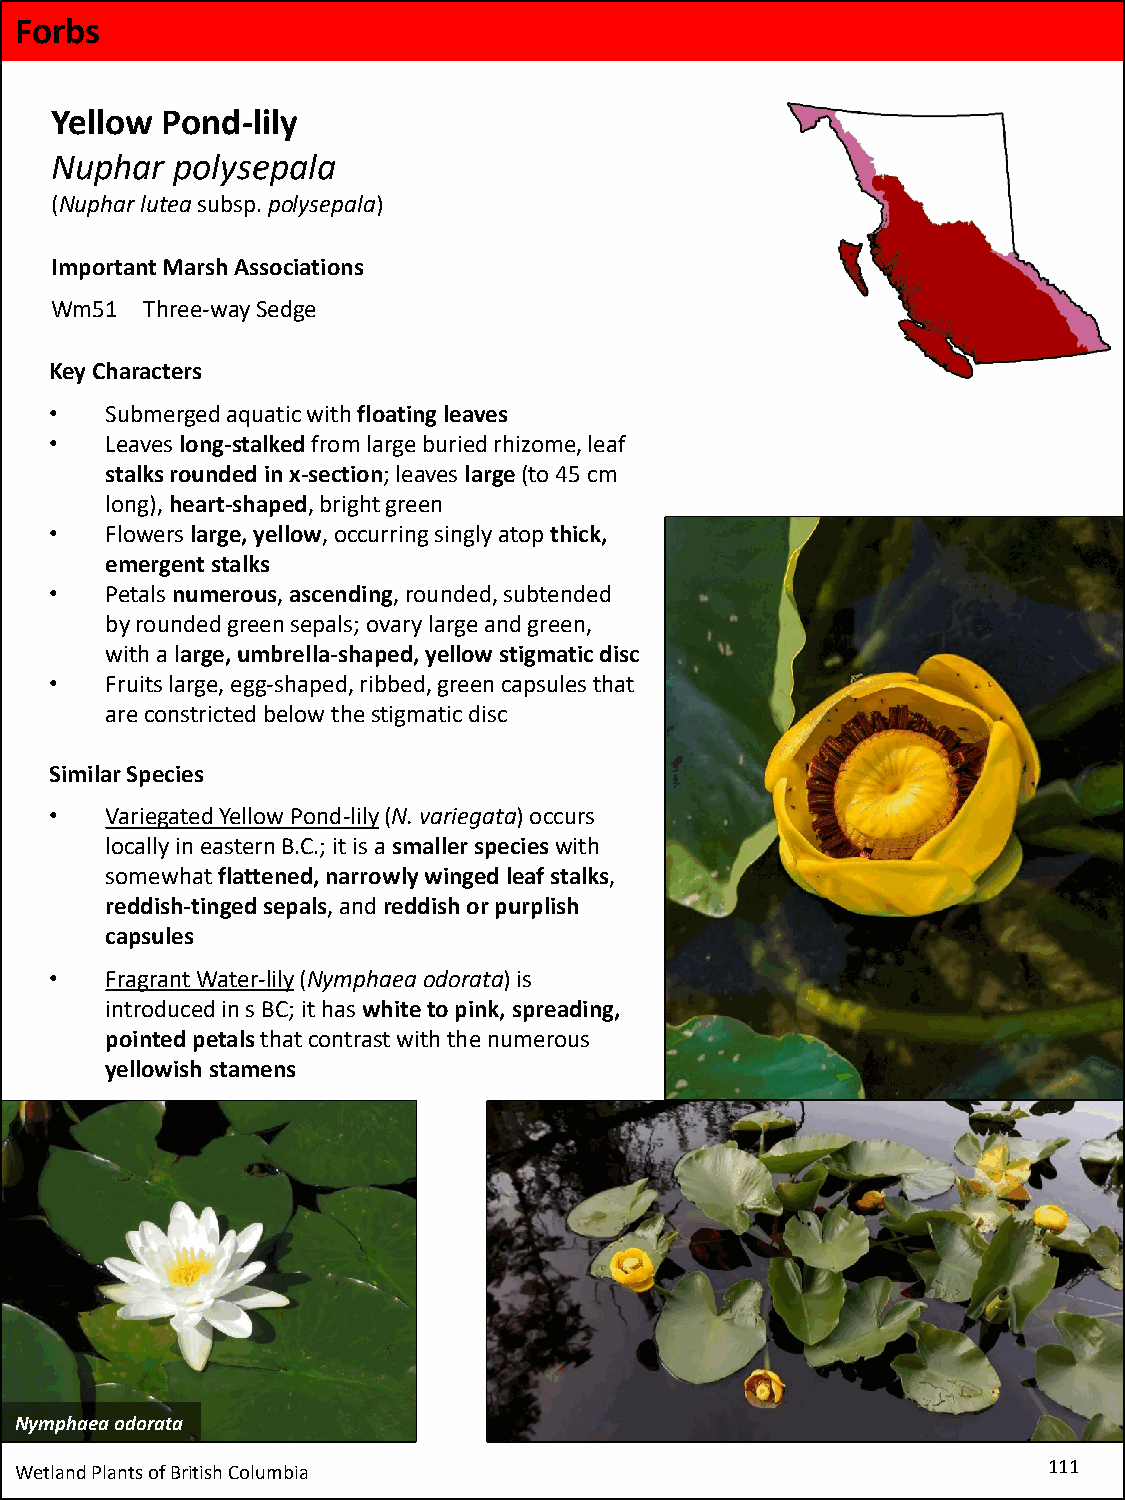
Forbs
 Yellow  Pond-lily
 Nuphar   polysepala
 (Nupharluteasubsp. polysepala)
 Important Marsh Associations
 Wm51  Three-way Sedge
 Key Characters
 •   Submerged aquatic with floating leaves
 •   Leaves long-stalkedfrom large buried rhizome, leaf
 stalks rounded in x-section; leaves large (to 45 cm
 long), heart-shaped, bright green
 •   Flowers large, yellow, occurring singly atop thick,
 emergent stalks
 •   Petals numerous, ascending, rounded, subtended
 by rounded green sepals; ovary large and green,
 with a large, umbrella-shaped, yellow stigmatic disc
 •   Fruits large, egg-shaped, ribbed, green capsules that
 are constricted below the stigmatic disc
 Similar Species
 •   Variegated Yellow Pond-lily(N. variegata) occurs
 locally in eastern B.C.; it is a smaller species with
 somewhat flattened, narrowly winged leaf stalks,
 reddish-tinged sepals, and reddish or purplish
 capsules
 •   Fragrant Water-lily(Nymphaea odorata) is
 introduced in s BC; it has white to pink, spreading,
 pointed petals that contrast with the numerous
 yellowish stamens
 Nymphaea odorata
 Wetland Plants of British Columbia                                  111